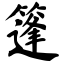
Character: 篷